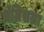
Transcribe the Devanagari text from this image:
ॲलिसला